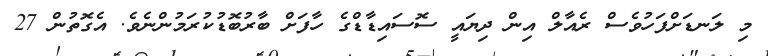
މި ލަނޑަށްފަހުވެސް ރެއާލް އިން ދިޔައީ ސޮސައިޑާޑްގެ ހާފަށް ބާރުބޮޑުކުރަމުންނެވެ. އެގޮތުން 27